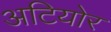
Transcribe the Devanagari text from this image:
अटियोर